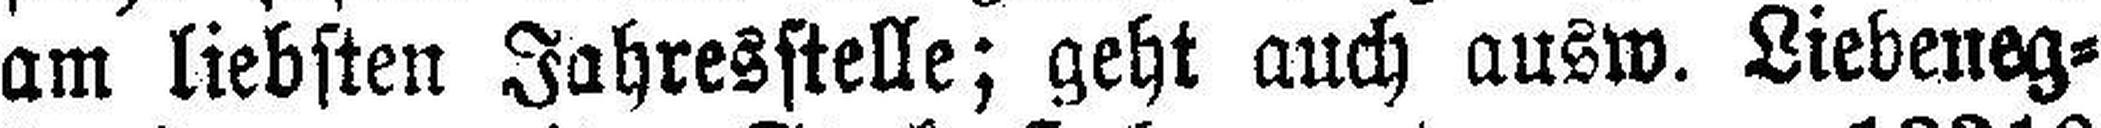
am liebsten Jahresstelle; geht auch ausw. Liebeneg¬